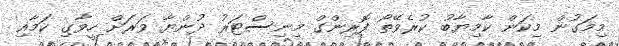
މިމަގުން މިކަން ކާމިޔާބު ކުރެވޭތޯ ފޮރިންގް މިނިސްޓަރު ދުންޔާ ވަރަށް ހީވާގި ކަމާއި